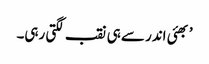
’ بھئی اندر سے ہی نقب لگتی رہی۔